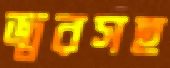
জ্বরসহ